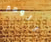
الوهم